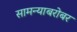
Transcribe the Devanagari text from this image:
सामन्याबरोबर